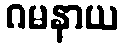
ဂမနာယ